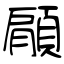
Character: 顅